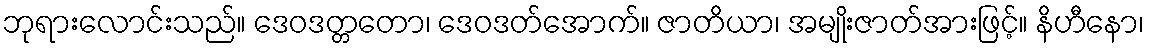
ဘုရားလောင်းသည်။ ဒေဝဒတ္တတော၊ ဒေဝဒတ်အောက်။ ဇာတိယာ၊ အမျိုးဇာတ်အားဖြင့်။ နိဟီနော၊